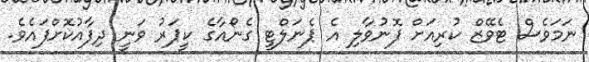
ނަމަވެސް ޓެވޭޒް ކުރިއަށް ފޮނުވާލި އެ ޕެނަލްޓީ ގެނޯއާގެ ކީޕަރު ވަނީ ދިފާއުކޮށްފައެވެ.